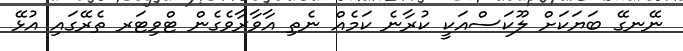
ނޭނގޭ ބަޔަކަށް ލޫކަސްއަކީ ކުރާނެ ކަމެއް ނެތި އާވާރާވެގެން ޓްވިޓަރ ތެރޭގައި އުޅޭ